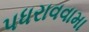
પધરાવવામા